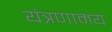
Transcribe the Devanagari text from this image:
यंत्रणामय